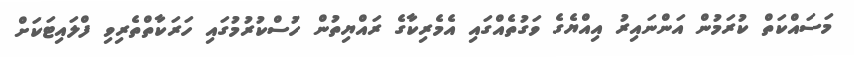
މަސައްކަތް ކުރަމުން އަންނައިރު އިއްޔެގެ ވަގުތެއްގައި އެމެރިކާގެ ރައްޔިތުން ހުސްކުރުމުގައި ހަރަކާތްތެރިވި ފްލައިޓަކަށް